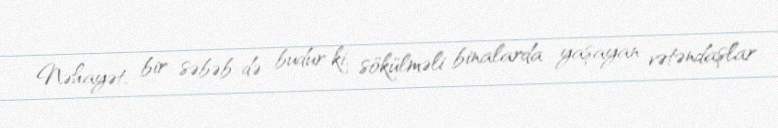
Nəhayət, bir səbəb də budur ki, sökülməli binalarda yaşayan vətəndaşlar